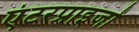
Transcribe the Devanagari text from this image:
एंटरप्राइजों